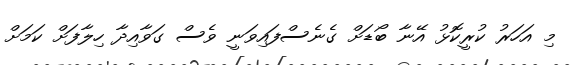
މި އަހަރު ކުރީކޮޅު އޭނާ ބޯޑަށް ގެނެސްފައިވަނީ ވެސް ގަވާއިދާ ހިލާފަށް ކަމަށް